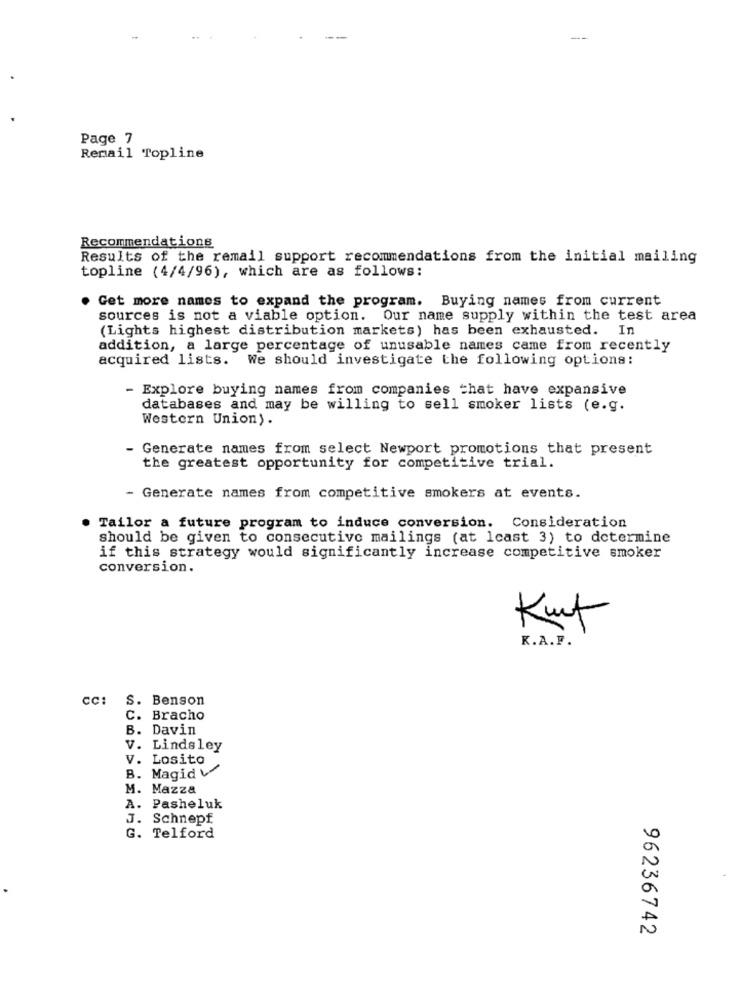
Page 7
Remail Topline
Recommendations
Results of the remail support recommendations from the initial mailing
topline (4/4/96), which are as follows:
. Get more names to expand the program. Buying names from current
sources is not a viable option. Our name supply within the test area
(Lights highest distribution markets) has been exhausted. In
addition, a large percentage of unusable names came from recently
acquired lists. We should investigate the following options:
- Explore buying names from companies that have expansive
databases and may be willing to sell smoker lists (e.g.
Western Union).
- Generate names from select Newport promotions that present
the greatest opportunity for competitive trial.
- Generate names from competitive smokers at events.
Tailor a future program to induce conversion. Consideration
should be given to consecutive mailings (at least 3) to determine
if this strategy would significantly increase competitive smoker
conversion.
Kurt
K.A.P.
CC:
S. Benson
C. Bracho
B. Davin
V. Lindsley
V. Losito
B. Magid V
M. Mazza
A. Pasheluk
J. Schnepf
G. Telford
96236742